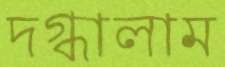
দগ্ধালাম